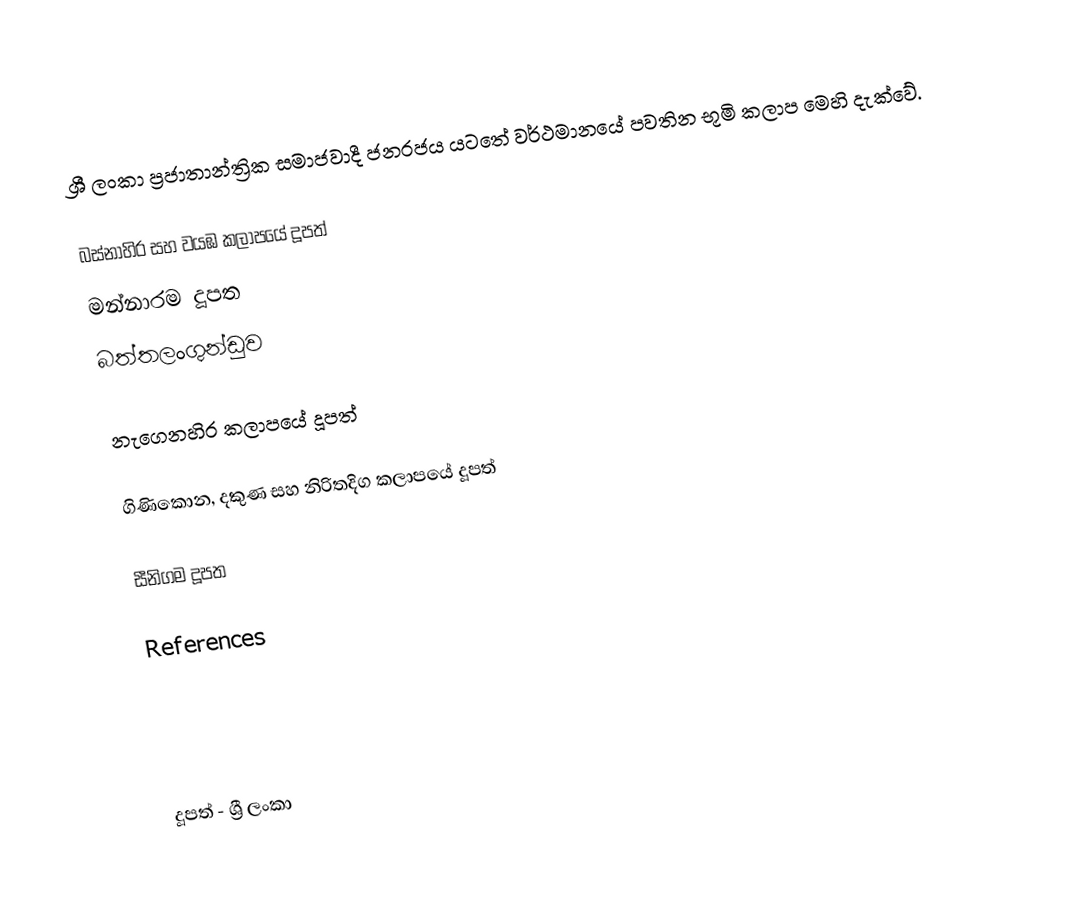
ශ්‍රී ලංකා ප්‍රජාතාන්ත්‍රික සමාජවාදී ජනරජය යටතේ වර්ථමානයේ පවතින භූමි කලාප මෙහි දැක්වේ.

බස්නාහිර සහ වයඹ කලාපයේ දූපත්
 මන්නාරම දූපත
 බත්තලංගුන්ඩුව

නැගෙනහිර කලාපයේ දූපත්

ගිණිකොන, දකුණ සහ නිරිතදිග කලාපයේ දූපත්

 සීනිගම  දූපත

References

දූපත් - ශ්‍රී ලංකා